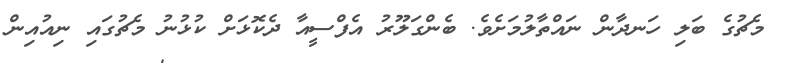
މެޗުގެ ބަލި ހަނދާން ނައްތާލުމަށެވެ. ބެންގަލޫރު އެފްސީއާ ދެކޮޅަށް ކުޅުނު މެޗުގައި ނިއުއިން